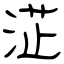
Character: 淽